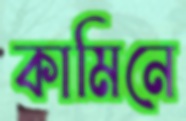
কামিনে